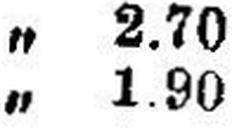
„ 1.90